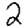
Digit: 2